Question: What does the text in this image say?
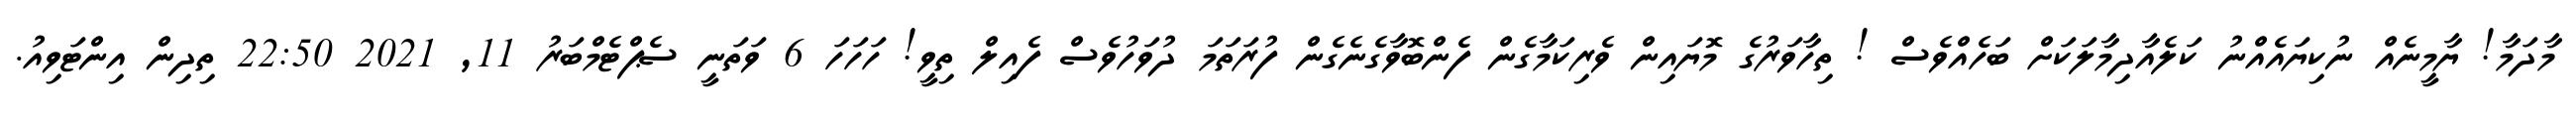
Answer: މާދަމާ! ޔާމީނެއް ނުކިޔައެއްނު ކަލެއާދިމާލަކަށް ބަހެއްވެސް ! ތިހާވަރުގެ މޮޔައިން ވެރިކަމާގެން ފެންބޮވާގެނެގެން ފުރަތަމަ ދުވަހުވެސް ފެއިލް ތިވީ! ހަހަހަ 6 ވަތަނީ ސެޕްޓެމްބަރު 11, 2021 22:50 ތިދިން އިންޓަވިއު.